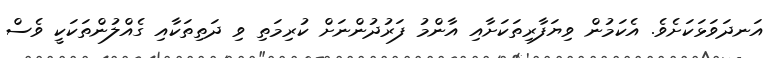
އަނދަވަޅަކަށެވެ. އެކަމުން ވިޔަފާރިތަކަށާއި އާންމު ފަރުދުންނަށް ކުރިމަތި ވި ދަތިތަކާއި ގެއްލުންތަކަކީ ވެސް